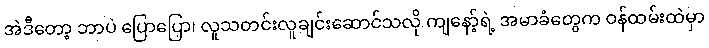
အဲဒီတော့ ဘာပဲ ပြောပြော၊ လူသတင်းလူချင်းဆောင်သလို ကျနော့်ရဲ့ အမာခံတွေက ဝန်ထမ်းထဲမှာ